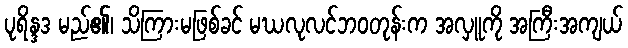
ပုရိန္ဒဒ မည်၏၊ သိကြားမဖြစ်ခင် မဃလုလင်ဘဝတုန်းက အလှူကို အကြီးအကျယ်